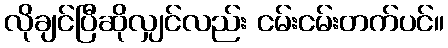
လိုချင်ပြီဆိုလျှင်လည်း ငမ်းငမ်းတက်ပင်။